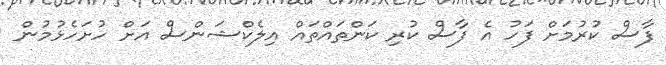
ފާސް ކުރުމަށް ފަހު އެ ފާސް ކުރި ކަންތައްތައް އިލެކްޝަންސް އަށް ހުށަހެޅުމުން